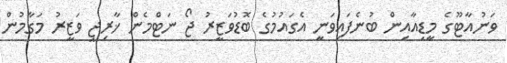
ވަނުއާޓޫގެ މީޑިއާއިން ބުނެފައިވަނީ އެގައުމުގެ ބޮޑުވަޒީރު ޖޯ ނަޓްމެން ޚާރިޖީ ވަޒީރު މަގާމުން